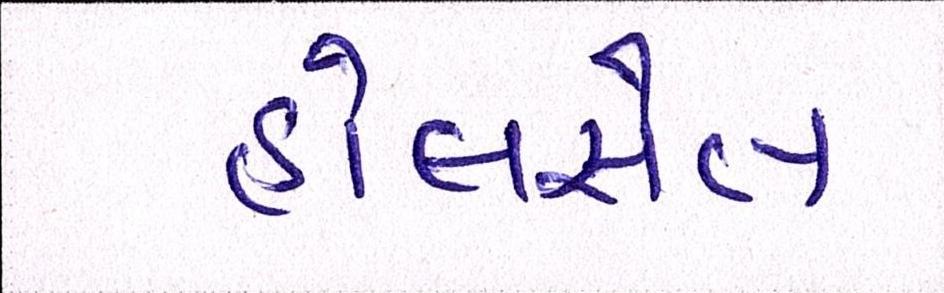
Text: હોલસેલ